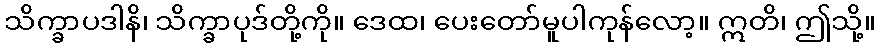
သိက္ခာပဒါနိ၊ သိက္ခာပုဒ်တို့ကို။ ဒေထ၊ ပေးတော်မူပါကုန်လော့။ ဣတိ၊ ဤသို့။